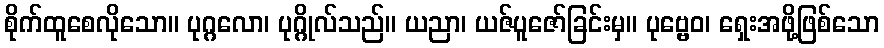
စိုက်ထူစေလိုသော။ ပုဂ္ဂလော၊ ပုဂ္ဂိုလ်သည်။ ယညာ၊ ယဇ်ပူဇော်ခြင်းမှ။ ပုဗ္ဗေဝ၊ ရှေးအဖို့ဖြစ်သော